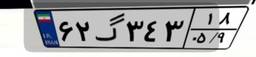
۶۲گ۳۴۳۱۸